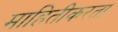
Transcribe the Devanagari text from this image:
माहितीकरता